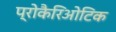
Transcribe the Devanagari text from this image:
प्रोकैरिओटिक